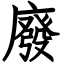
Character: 廢